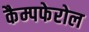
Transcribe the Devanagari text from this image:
कैम्पफेरोल